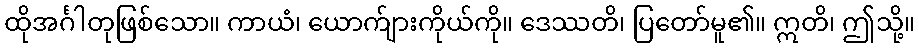
ထိုအင်္ဂါတုဖြစ်သော။ ကာယံ၊ ယောက်ျားကိုယ်ကို။ ဒေဿတိ၊ ပြတော်မူ၏။ ဣတိ၊ ဤသို့။